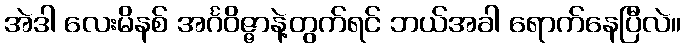
အဲဒါ လေးမိနစ် အင်္ဂဝိဇ္ဇာနဲ့တွက်ရင် ဘယ်အခါ ရောက်နေပြီလဲ။